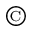
^ \copyright